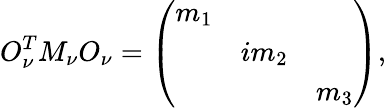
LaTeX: O_{\nu}^{T}M_{\nu}O_{\nu}=\left(\begin{array}{ccc}{{m_{1}}}&{{}}&{{}}\\ {{}}&{{im_{2}}}&{{}}\\ {{}}&{{}}&{{m_{3}}}\end{array}\right),